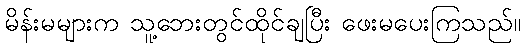
မိန်းမများက သူ့ဘေးတွင်ထိုင်ချပြီး ဖေးမပေးကြသည်။